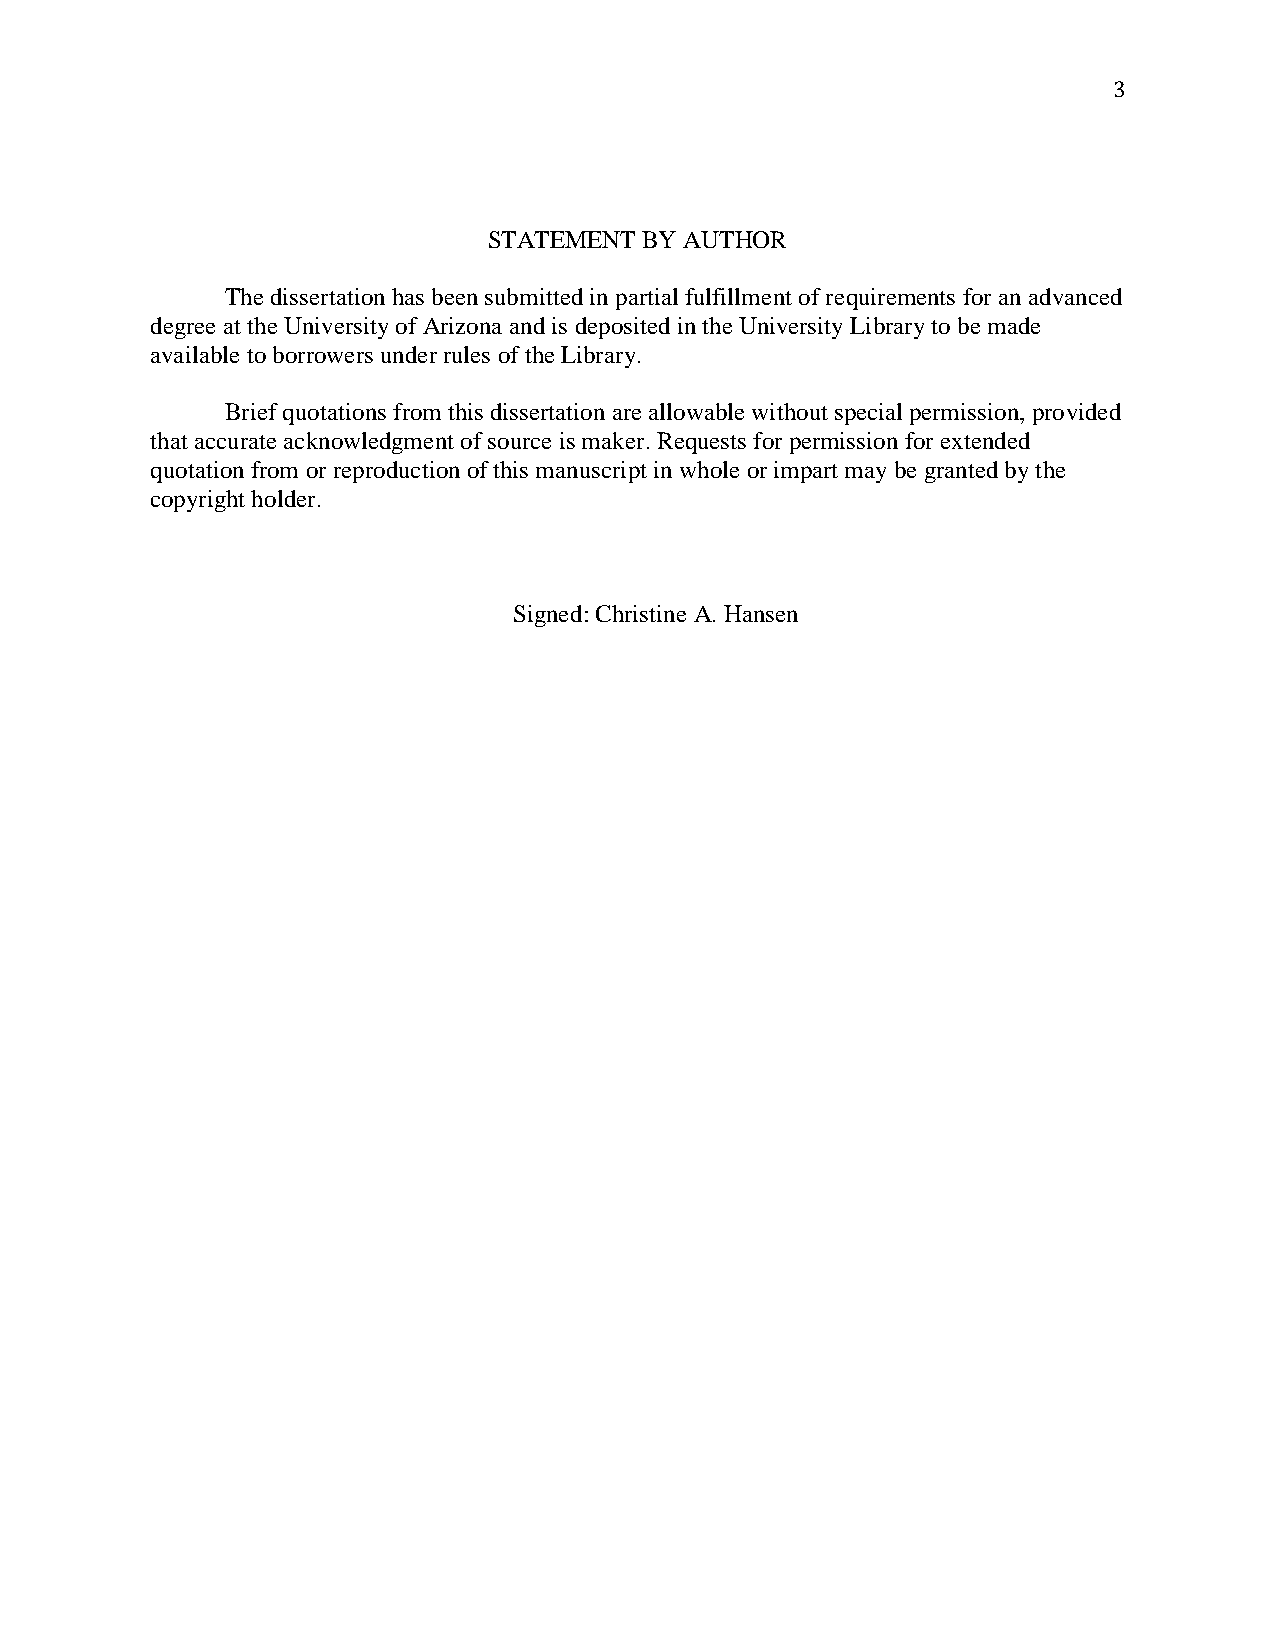
3
 STATEMENT  BY AUTHOR
 The dissertation has been submitted in partial fulfillment of requirements for an advanced
 degree at the University of Arizona and is deposited in the University Library to be made
 available to borrowers under rules of the Library.
 Brief quotations from this dissertation are allowable without special permission, provided
 that accurate acknowledgment of source is maker. Requests for permission for extended
 quotation from or reproduction of this manuscript in whole or impart may be granted by the
 copyright holder.
 Signed: Christine A. Hansen